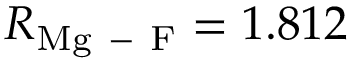
R _ { \mathrm { M g \mathrm { ~ - ~ } F } } = 1 . 8 1 2